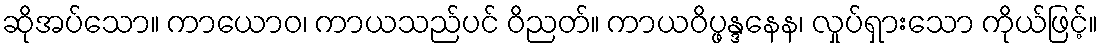
ဆိုအပ်သော။ ကာယောဝ၊ ကာယသည်ပင် ဝိညတ်။ ကာယဝိပ္ဖန္ဒနေန၊ လှုပ်ရှားသော ကိုယ်ဖြင့်။